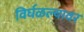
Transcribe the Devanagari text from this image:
विर्घळल्यावर